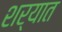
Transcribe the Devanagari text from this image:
शर्यात